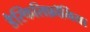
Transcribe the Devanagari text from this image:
डैस्किलिफ़ॉर्मिया